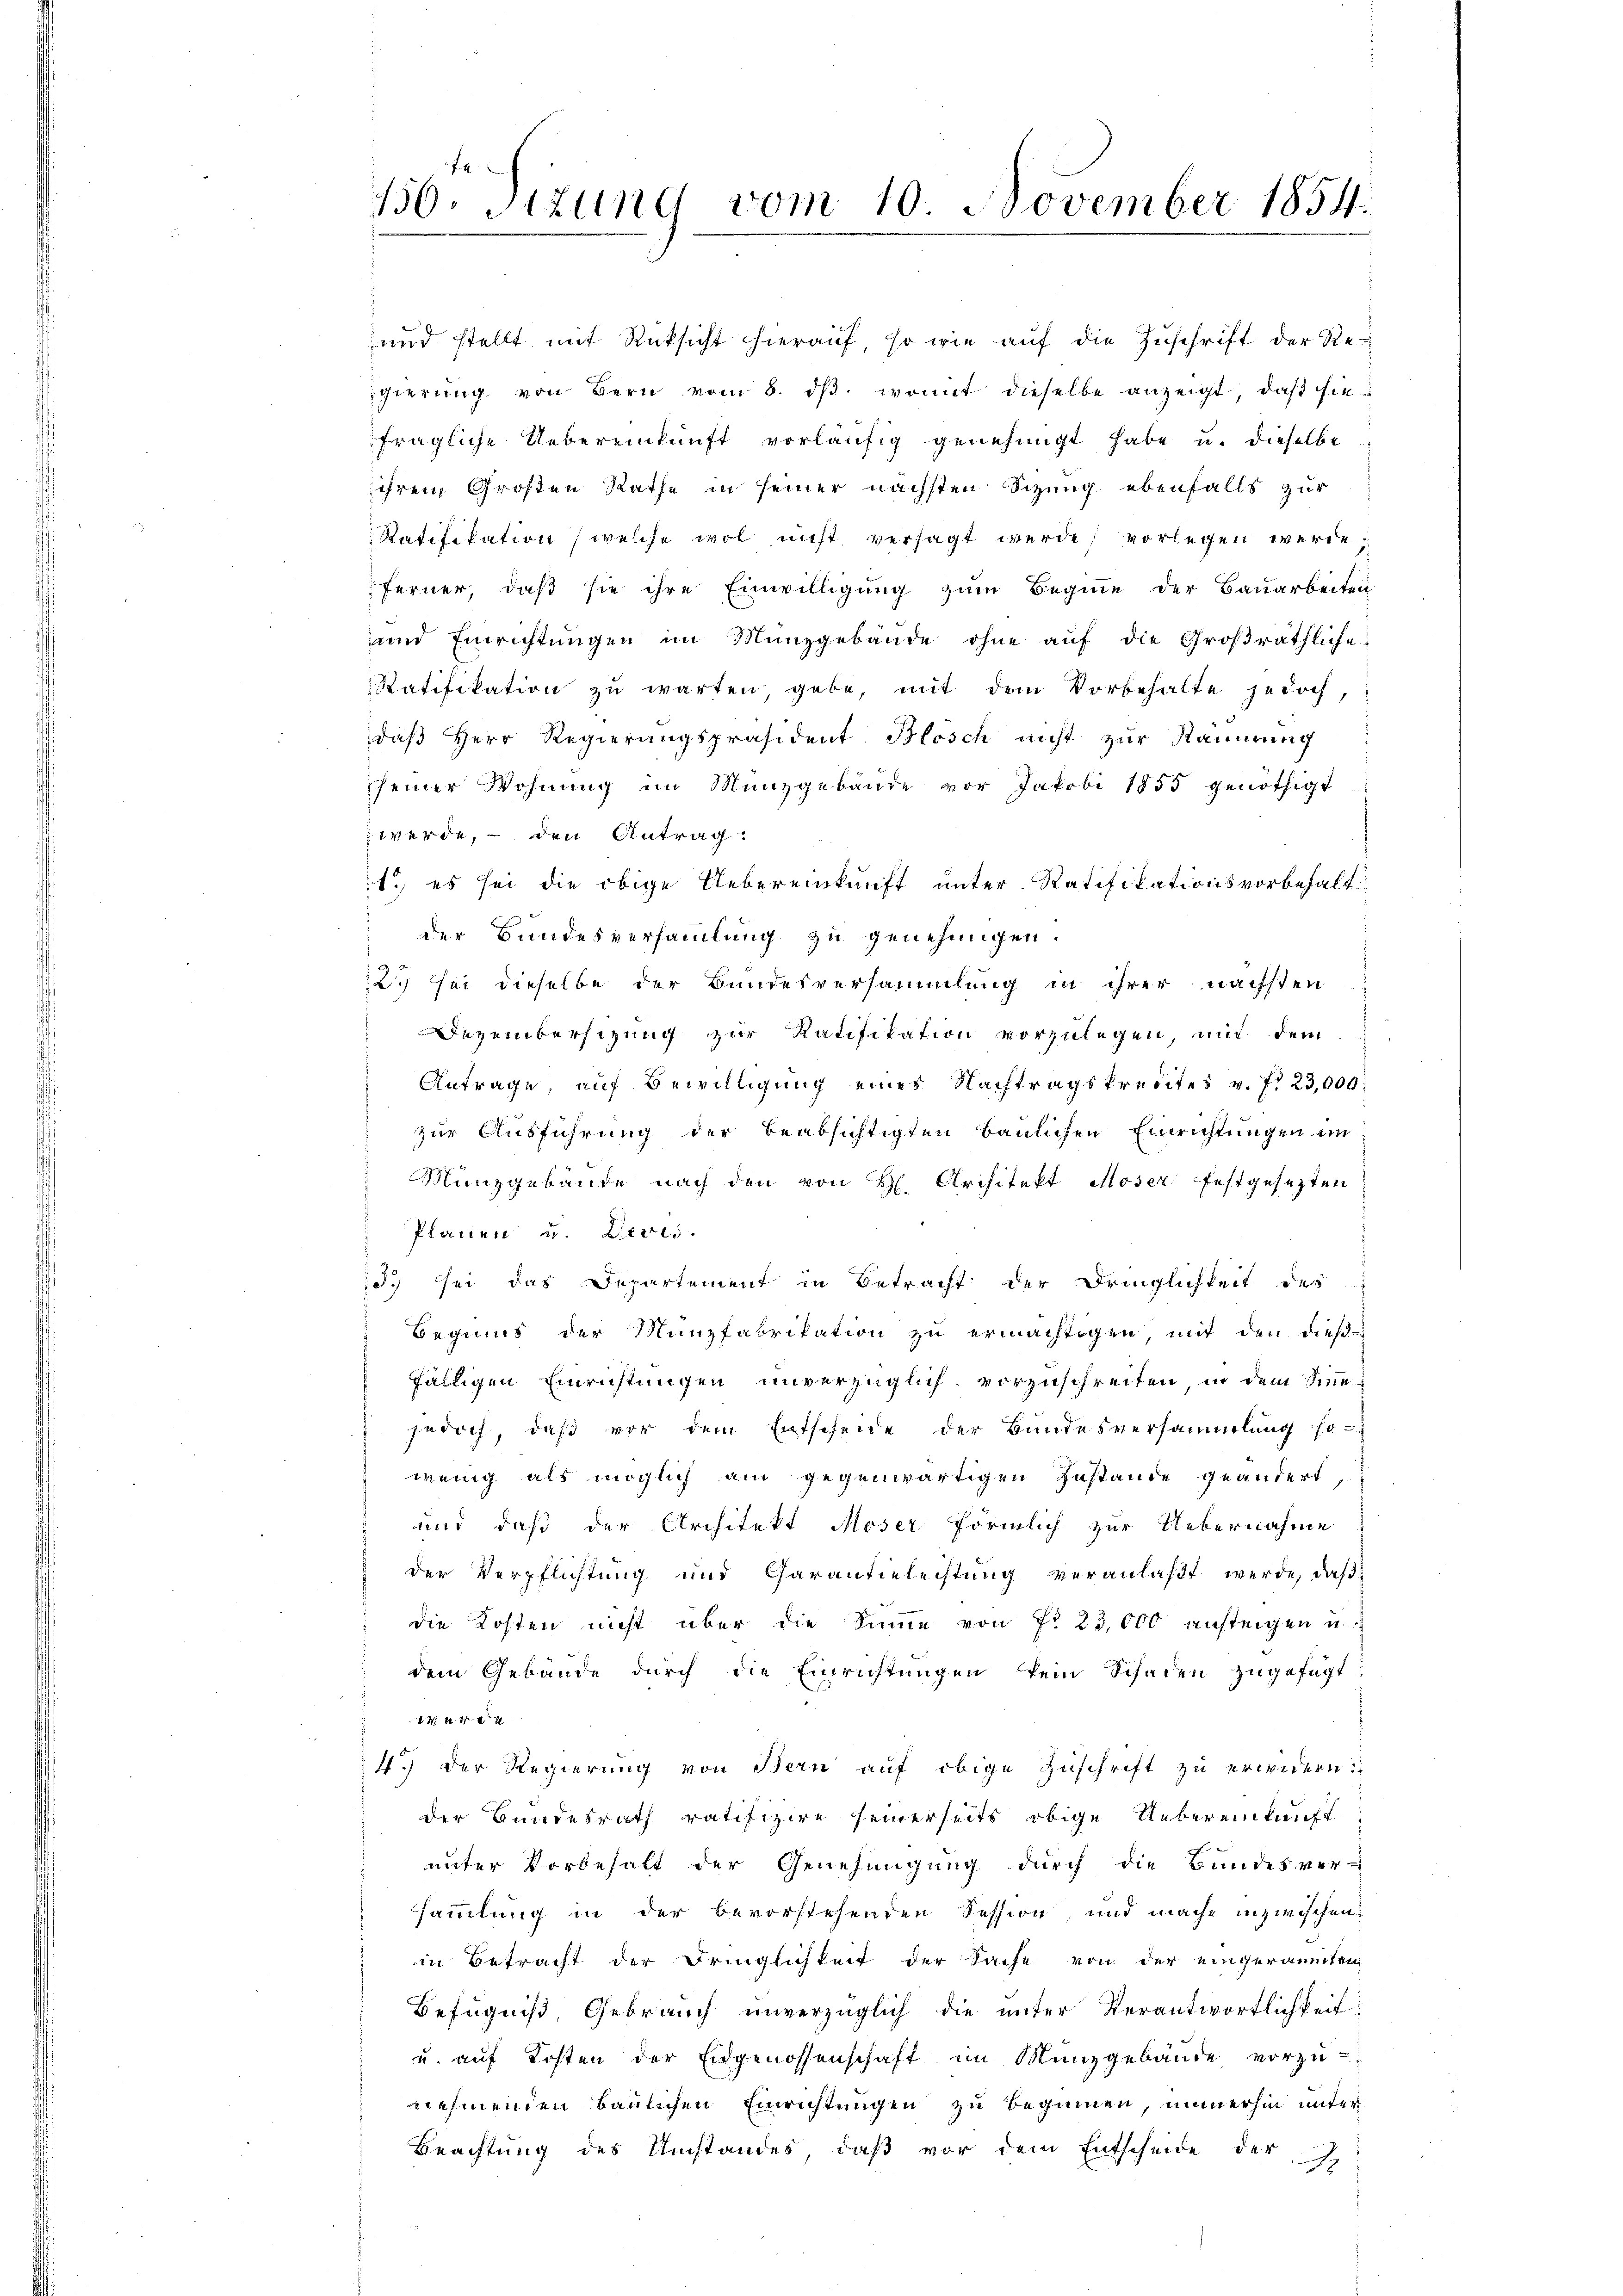
fragliche Uebereinkunft vorläufig genehmigt habe u. dieselbe
iihrem Großen Rathe in seiner nächsten Sizung ebenfalls zur
Ratifikation (welche wol nicht versagt werde; vorlegen werde,
ferner, daß sie ihre Einwilligung zum Beginne der Bauarbeiten
und Einrichtungen im Münzgebäude ohne auf die Großräthliche
Ratifikation zu warten, gebe, mit dem Vorbehalte jedoch,
daß Herr Regierungspräsident Blosch nicht zur Raunerung
seiner Wohnŭng im Münzgebäŭde vor Jakobi 1855 genöthigt
werde, – den Antrag.
1.) es sei die obige Uebereinkunft unter Ratifikationsvorbehalt
 der Bundesversammlung zu genehmigen.
2. sei dieselbe der Bundesversammlung in ihrer nächsten
Dezembersizung zur Ratifikation vorzulegen, und dem
Antrage, auf Bewilligung eines Nachtragskredites v. 7. 23,000
zur Ausführung der beabsichtigten baulichen Einrichtungen in
Münzgebäude nach den von H. Architekt Moser festgesezten
Planen u. Deves.
3. sei das Departement in Betracht der Dringlichkeit der
Beginns der Münzfabrikation zu ermächtigen mit den dieses
fälligen Einrichtungen unverzüglich vorzuschreiten, in dem Sinne
jedoch, daß vor dem Entscheide der Bundesversammlung so
wenig als möglich am gegenwärtigen Zustande geändert,
 und daß der Architekt Moser förmlich zur Uebernahme
der Verpflichtung und Garantieleistung veranlaßt werde, daß
die Kosten nicht über die Sinne von fr 23,000 ansteigen u.
dem Gebäude durch die Einrichtungen kein Schaden zugefügt
444
4.) Der Regierung von Bern aŭf obige Zuschrift zu erwidern:
der Bundesrath ratifizire seinerseits obige Uebereinkunft
unter Vorbehalt der Genehmigung durch die Bundesver-
sammlung in der bevorstehenden Session und mache inzwischen
in Betracht der Dringlichkeit der Sache von der eingeräumten
Befugniß, Gebrauch unverzüglich die unter Verantwortlichkeit
u. auf Kosten der Eidgenossenschaft im Münzgebäude vorzu-
nehmenden Baulichen Einrichtungen zu beginnen, immerhin unter
Beachtung des Umstandes, daß vor dem Entscheide der J

150. Sizung vom 10. November 1854.

und stellt mit Rücksicht hierauf, so wie auf die Zuschrift der Reigierŭng von Bern vom 8. dβ. womit dieselbe anzeigt, daβ sie